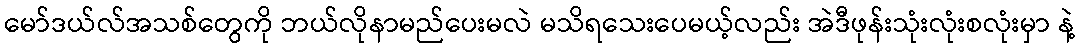
မော်ဒယ်လ်အသစ်တွေကို ဘယ်လိုနာမည်ပေးမလဲ မသိရသေးပေမယ့်လည်း အဲဒီဖုန်းသုံးလုံးစလုံးမှာ နဲ့